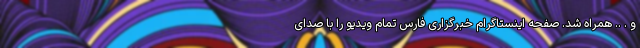
و . .. همراه شد. صفحه اینستاگرام خبرگزاری فارس تمام ویدیو را با صدای